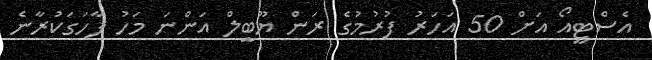
އެސްޓީއޯ އަށް 50 އަހަރު ފުރުމުގެ ރަން ޔޫބީލް އަންނަ މަހު ފާހަގަކުރާނެ